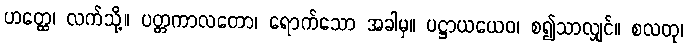
ဟတ္ထေ၊ လက်သို့။ ပတ္တကာလတော၊ ရောက်သော အခါမှ။ ပဋ္ဌာယယေဝ၊ စ၍သာလျှင်။ စလတု၊